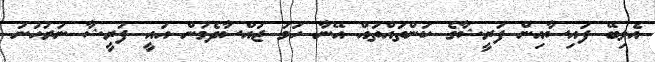
އެލިބޭ ފައިސާއިން ފަރީޝާގެ ކަންތައްތައް އޭނާ ހަމަ ޖައްސާދެމުން އައީ ފަރީޝާ ނުރުހުނު